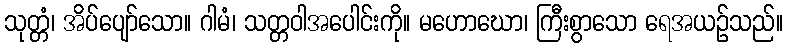
သုတ္တံ၊ အိပ်ပျော်သော။ ဂါမံ၊ သတ္တဝါအပေါင်းကို။ မဟောဃော၊ ကြီးစွာသော ရေအယဉ်သည်။